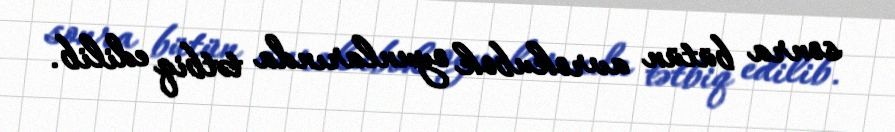
sonra bütün avrokubok oyunlarında tətbiq edilib.